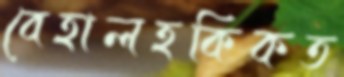
বেহালহকিকত